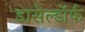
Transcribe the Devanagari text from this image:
डासेल्डॉर्फ